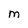
Character: M